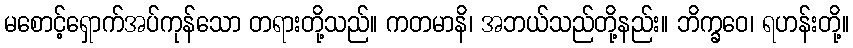
မစောင့်ရှောက်အပ်ကုန်သော တရားတို့သည်။ ကတမာနိ၊ အဘယ်သည်တို့နည်း။ ဘိက္ခဝေ၊ ရဟန်းတို့။